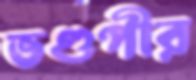
ভণ্ডপীর